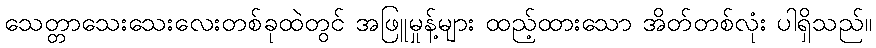
သေတ္တာသေးသေးလေးတစ်ခုထဲတွင် အဖြူမှုန့်များ ထည့်ထားသော အိတ်တစ်လုံး ပါရှိသည်။